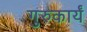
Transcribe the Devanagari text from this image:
गुरुकार्यं